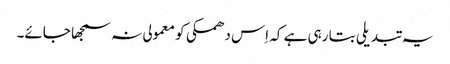
یہ تبدیلی بتا رہی ہے کہ اِس دھمکی کو معمولی نہ سمجھا جائے۔